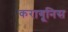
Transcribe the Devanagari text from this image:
करागूनिस